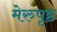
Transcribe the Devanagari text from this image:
मेरुपृष्ठ